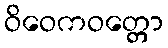
ဝိဝေကဝတ္တော